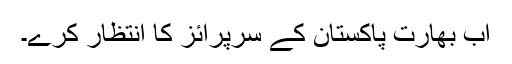
اب بھارت پاکستان کے سرپرائز کا انتظار کرے۔